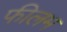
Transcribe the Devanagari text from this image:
फीलम